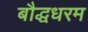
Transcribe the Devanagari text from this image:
बौद्धधरम